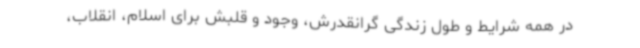
در همه شرایط و طول زندگی گرانقدرش، وجود و قلبش برای اسلام، انقلاب،